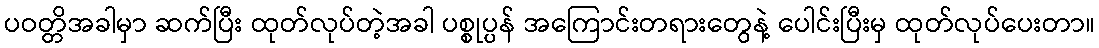
ပဝတ္တိအခါမှာ ဆက်ပြီး ထုတ်လုပ်တဲ့အခါ ပစ္စုပ္ပန် အကြောင်းတရားတွေနဲ့ ပေါင်းပြီးမှ ထုတ်လုပ်ပေးတာ။